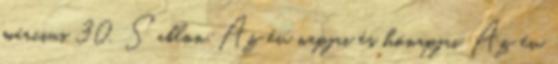
március 30. Sablon:Az év napjai és hónapjai Az év